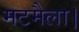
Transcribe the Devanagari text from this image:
मटमैला।